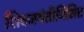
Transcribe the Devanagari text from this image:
शिवजयंतीनिमित्त